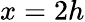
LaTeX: x=2h